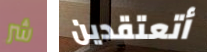
شر أتعتقدين